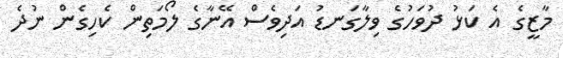
މާޒީގެ އެ ކަޅު ދުވަހުގެ ވިލާގަނޑު އަދިވެސް އޭނާގެ ލޯމަތިން ކެހިގެން ނުދެ